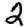
Digit: 2